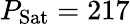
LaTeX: P_{\mathrm{Sat}}=217